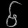
Digit: ၆